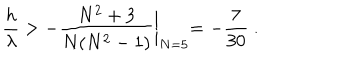
{ \frac { h } { \lambda } } > - { \frac { N ^ { 2 } + 3 } { N ( N ^ { 2 } - 1 ) } } \biggl | _ { N = 5 } = - { \frac { 7 } { 3 0 } } \ .